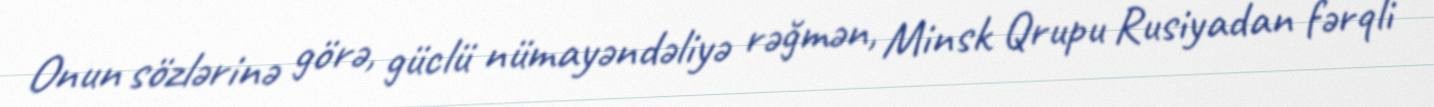
Onun sözlərinə görə, güclü nümayəndəliyə rəğmən, Minsk Qrupu Rusiyadan fərqli